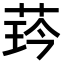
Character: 𦲖